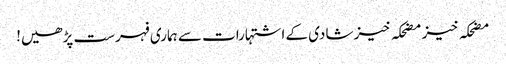
مضحکہ خیز مضحکہ خیز شادی کے اشتہارات سے ہماری فہرست پڑھیں!